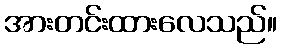
အားတင်းထားလေသည်။